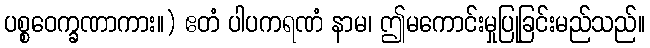
ပစ္စဝေက္ခဏာကား။) ဧတံ ပါပကရဏံ နာမ၊ ဤမကောင်းမှုပြုခြင်းမည်သည်။